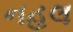
નહલ